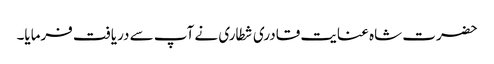
حضرت شاہ عنایت قادری شطاری نے آپ سے دریافت فرمایا۔